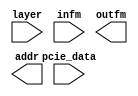
module conv(
    input[3:0] layer,
    input[15:0] pcie_data,
    input[127:0] infm,            //16*8
    output[127:0] outfm,
    output[135:0] addr                          //8 * (addr+1)    
    );
    
    parameter CONV1 = 4'b0001,CONV2 = 4'b0011,CONV3 = 4'b0101,CONV4 = 4'b0110,CONV5 = 4'b0111;
    
    

endmodule